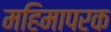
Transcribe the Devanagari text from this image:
महिमापरक